Scottish Leaving Certificate Examination, 1959
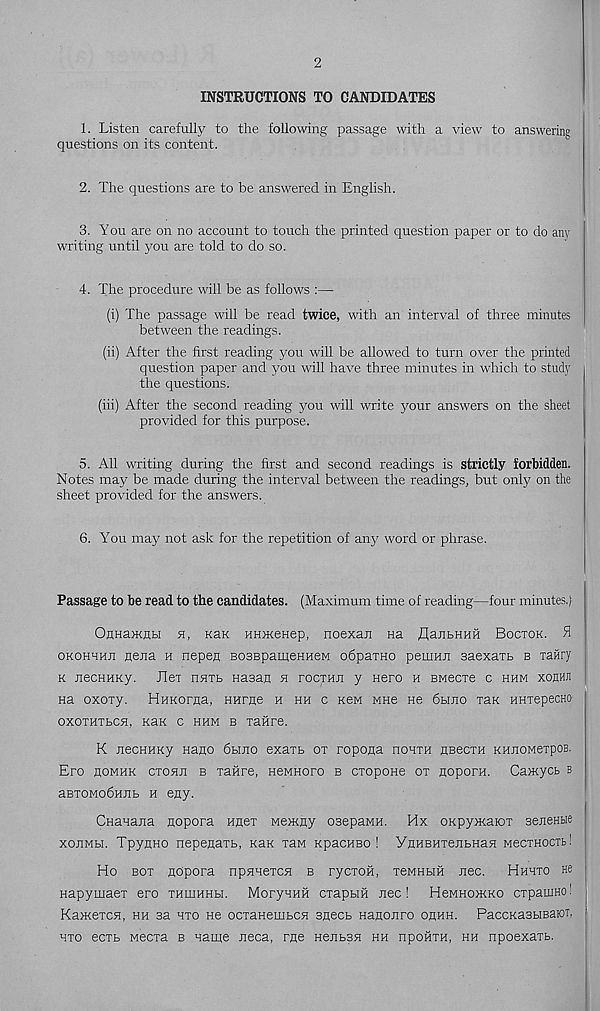
2
INSTRUCTIONS TO CANDIDATES
1. Listen carefully to the following passage with a view to answering
questions on its content.
2. The questions are to be answered in English.
3. You are on no account to touch the printed question paper or to do any
writing until you are told to do so.
4. The procedure will be as follows :—
(i) The passage will be read twice, with an interval of three minutes
between the readings.
(ii) After the first reading you will be allowed to turn over the printed
question paper and you will have three minutes in which to study
the questions.
(iii) After the second reading you will write your answers on the sheet
provided for this purpose.
5. All writing during the first and second readings is strictly forbidden.
Notes may be made during the interval between the readings, but only on the
sheet provided for the answers.
6. You may not ask for the repetition of any word or phrase.
Passage to be read to the candidates. (Maximum time of reading—four minutes.}
OHHamnbi
kek HHJKeHep, noexan Ha flantHHH Boctok. H
okohhhji nena h nepen B03BpameHneM obpaxHo peuiHJi saexaxb b xailry
k JiecHHKy. Jlex nnxb Hasan h tocxhh y Hero h Bwecxe c hhm xobhji
Ha oxoxy. HHKorna, nurne h hh c KeM mhc He 6hho xax HHiepecno
oxoxHXbCH, Kan c hhm b xaftre.
K JiecHHKy nano 6hho exaxb ox ropona hohxh hbgcxh KHnoMexpoB.
Ero homhk cxoHJi b xailre, HeMHoro b cxopone ox noporH. Caxeycb b
aBxoModHJib h eny.
CHauajia nopora Hnex Mexeny osepaMH. Hx onpyrnaiox seneHbie
xonMbi. Tpyano nepenaxb, khk xhm KpacHBO ! YnHBHxenbHaH MecxHOcrb!
Ho box nopora npHnexcn b rycxoil, xeMHbiH nee. Hhhxo He
Hapymaex ero xhluhhh. MoryHHH cxapbiH nec! Hcmhokko expamno!
Kaneexcn, hh sa hxo He ocxaHembcn sneeb Hanonro ohhh. PaccKasHBaioT,
hxo ecxb Mecxa b name neca, rne Henbsn hh npoftxH, hh npoexaxb.